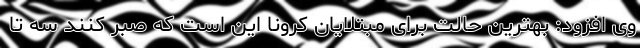
وی افزود: بهترین حالت برای مبتلایان کرونا این است که صبر کنند سه تا